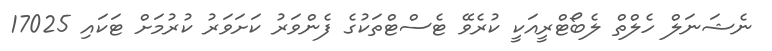
ނެޝަނަލް ހެލްތް ލެބޯޓްރީއަކީ ކުރެވޭ ޓެސްޓްތަކުގެ ފެންވަރު ކަށަވަރު ކުރުމަށް ޓަކައި 17025